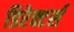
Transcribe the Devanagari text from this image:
डिरेक्टर्स